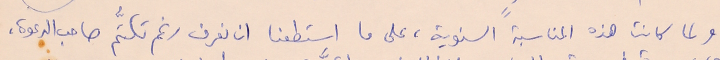
ولما كانت هذه المناسبة السنوية، على ما استطعنا ان نعرف رغم تكتُّم صاحب الدعوة،